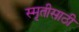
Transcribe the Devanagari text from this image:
स्मृतीसाठी